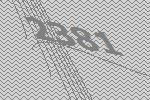
2381